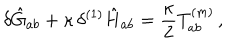
\delta \hat { G } _ { a b } + \kappa \, \delta ^ { ( 1 ) } \hat { H } _ { a b } = \frac { \kappa } { 2 } T _ { a b } ^ { ( m ) } \, ,